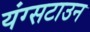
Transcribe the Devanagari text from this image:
यंग्सटाउन